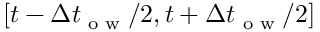
\left[ t - \Delta t _ { \textrm { o w } } / 2 , t + \Delta t _ { \textrm { o w } } / 2 \right]